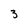
Character: 3